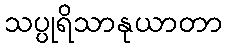
သပ္ပုရိသာနုယာတာ